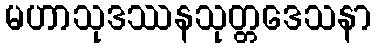
မဟာသုဒဿနသုတ္တဒေသနာ